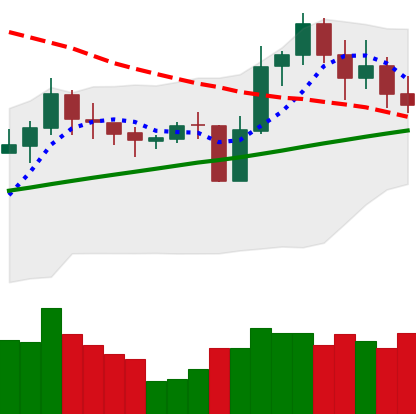
Ticker: LINK-USD
Chart end date: 2020-10-29
Forward return: -7.795%
Label: down_7plus